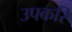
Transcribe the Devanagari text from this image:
उपकरि